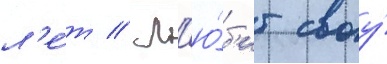
л'е́т // Л'ю́б'ит своу́